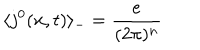
LaTeX: \langle j ^ { 0 } ( { \bf x } , t ) \rangle _ { - } = \frac { e } { ( 2 \pi ) ^ { n } }